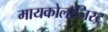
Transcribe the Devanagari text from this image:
मायकोलॉजिस्ट